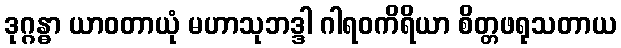
ဒုဂ္ဂန္ဓာ ယာဝတာယုံ မဟာသုဘဒ္ဒါ ဂါရဝကိရိယာ စိတ္တဖရုသတာယ